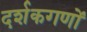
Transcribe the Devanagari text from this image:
दर्शकगणों